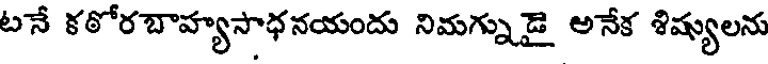
టనే కఠోరబాహ్యసాధనయందు నిమగ్నుడై అనేక శిష్యులను